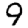
Digit: 9